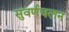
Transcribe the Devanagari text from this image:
सुवर्णचलन